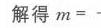
解得 \(m = -\)